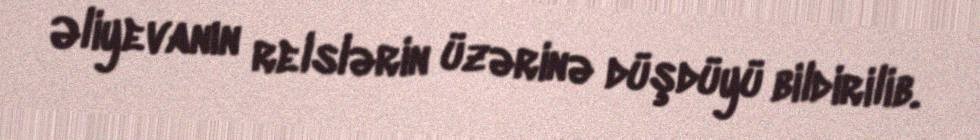
Əliyevanın relslərin üzərinə düşdüyü bildirilib.